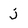
Character: j